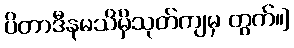
ပိတာဒီနမသိမှိသုတ်ကျမှ တွက်။]